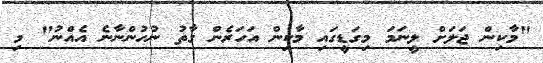
"މާކިން ޖަލަށް ލީނަމަ މިގަޑީގައި މާކިން އަހަރެން ގާތު ނުހުންނާނެ އެއްނު" މި